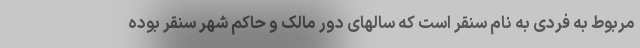
مربوط به فردی به نام سنقر است که سالهای دور مالک و حاکم شهر سنقر بوده